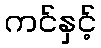
ကင်နှင့်